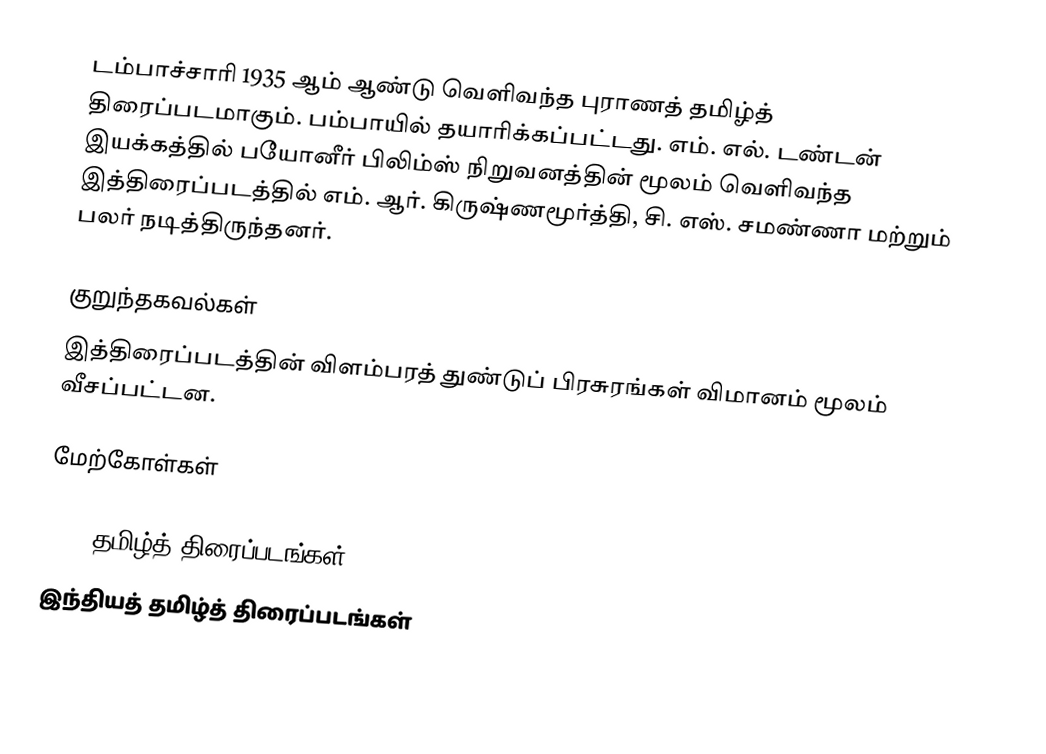
டம்பாச்சாரி 1935 ஆம் ஆண்டு வெளிவந்த புராணத் தமிழ்த் திரைப்படமாகும். பம்பாயில் தயாரிக்கப்பட்டது. எம். எல். டண்டன் இயக்கத்தில் பயோனீர் பிலிம்ஸ் நிறுவனத்தின் மூலம் வெளிவந்த இத்திரைப்படத்தில் எம். ஆர். கிருஷ்ணமூர்த்தி, சி. எஸ். சமண்ணா மற்றும் பலர் நடித்திருந்தனர்.

குறுந்தகவல்கள்
இத்திரைப்படத்தின் விளம்பரத் துண்டுப் பிரசுரங்கள் விமானம் மூலம் வீசப்பட்டன.

மேற்கோள்கள்

1935 தமிழ்த் திரைப்படங்கள்
இந்தியத் தமிழ்த் திரைப்படங்கள்